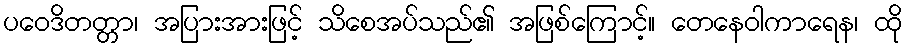
ပဝေဒိတတ္တာ၊ အပြားအားဖြင့် သိစေအပ်သည်၏ အဖြစ်ကြောင့်။ တေနေဝါကာရေန၊ ထို